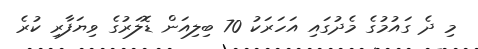
މި ދެ ގައުމުގެ މެދުގައި އަހަރަކު 70 ބިިލިއަން ޑޮލަރުގެ ވިޔަފާރި ކުރެ